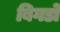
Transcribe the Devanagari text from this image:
बिगडो